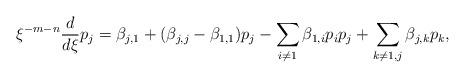
LaTeX: \begin{align*}\xi^{-m-n} \frac{d}{d\xi} p_j = \beta_{j,1}+(\beta_{j,j}-\beta_{1,1}) p_j -\sum_{i \ne 1} \beta_{1,i} p_i p_j +\sum_{k \ne 1, j} \beta_{j,k} p_k , \end{align*}